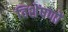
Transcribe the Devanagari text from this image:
विशेंषणों